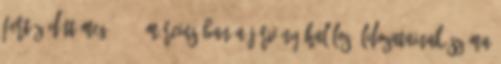
fertőződött meg. 2015 márciusában a járvány halálos áldozatainak száma